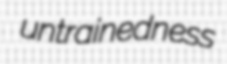
untrainedness